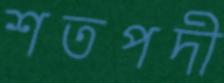
শতপদী